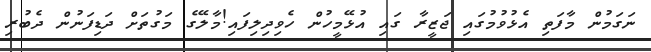
ނަގަމުން މާފަތި އެޅުވުމުގައި ޖަޒީރާ ގައި އުޅޭމީހުން ހެވިދިލިފައި!މާލޭގެ މަގުތަށް ދަޑިފަނުން ދެބުރި